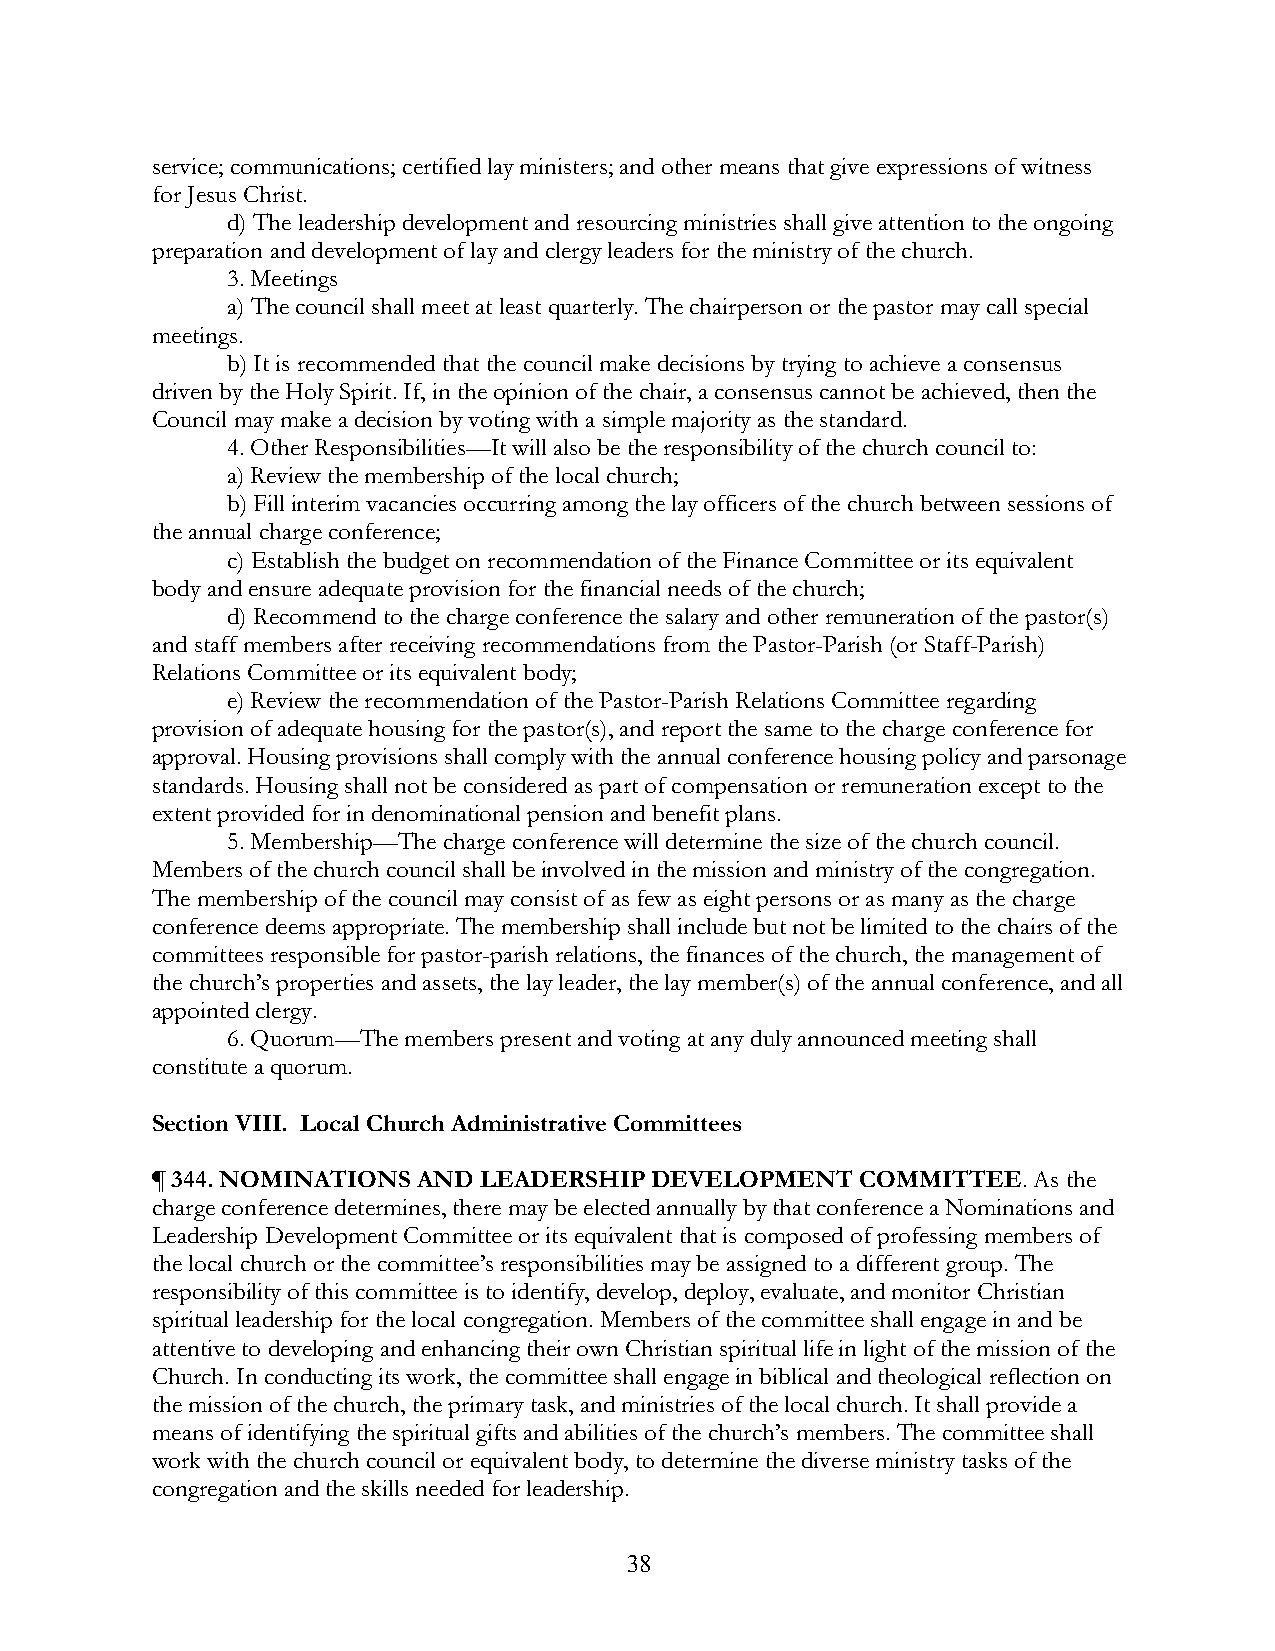
service; communications; certified lay ministers; and other means that give expressions of witness
 for Jesus Christ.
 d) The leadership development and resourcing ministries shall give attention to the ongoing
 preparation and development of lay and clergy leaders for the ministry of the church.
 3. Meetings
 a) The council shall meet at least quarterly. The chairperson or the pastor may call special
 meetings.
 b) It is recommended that the council make decisions by trying to achieve a consensus
 driven by the Holy Spirit. If, in the opinion of the chair, a consensus cannot be achieved, then the
 Council may make a decision by voting with a simple majority as the standard.
 4. Other Responsibilities—It will also be the responsibility of the church council to:
 a) Review the membership of the local church;
 b) Fill interim vacancies occurring among the lay officers of the church between sessions of
 the annual charge conference;
 c) Establish the budget on recommendation of the Finance Committee or its equivalent
 body and ensure adequate provision for the financial needs of the church;
 d) Recommend to the charge conference the salary and other remuneration of the pastor(s)
 and staff members after receiving recommendations from the Pastor-Parish (or Staff-Parish)
 Relations Committee or its equivalent body;
 e) Review the recommendation of the Pastor-Parish Relations Committee regarding
 provision of adequate housing for the pastor(s), and report the same to the charge conference for
 approval. Housing provisions shall comply with the annual conference housing policy and parsonage
 standards. Housing shall not be considered as part of compensation or remuneration except to the
 extent provided for in denominational pension and benefit plans.
 5. Membership—The charge conference will determine the size of the church council.
 Members of the church council shall be involved in the mission and ministry of the congregation.
 The membership of the council may consist of as few as eight persons or as many as the charge
 conference deems appropriate. The membership shall include but not be limited to the chairs of the
 committees responsible for pastor-parish relations, the finances of the church, the management of
 the church’s properties and assets, the lay leader, the lay member(s) of the annual conference, and all
 appointed clergy.
 6. Quorum—The members present and voting at any duly announced meeting shall
 constitute a quorum.
 Section VIII. Local Church Administrative Committees
 ¶ 344. NOMINATIONS AND LEADERSHIP DEVELOPMENT  COMMITTEE. As the
 charge conference determines, there may be elected annually by that conference a Nominations and
 Leadership Development Committee or its equivalent that is composed of professing members of
 the local church or the committee’s responsibilities may be assigned to a different group. The
 responsibility of this committee is to identify, develop, deploy, evaluate, and monitor Christian
 spiritual leadership for the local congregation. Members of the committee shall engage in and be
 attentive to developing and enhancing their own Christian spiritual life in light of the mission of the
 Church. In conducting its work, the committee shall engage in biblical and theological reflection on
 the mission of the church, the primary task, and ministries of the local church. It shall provide a
 means of identifying the spiritual gifts and abilities of the church’s members. The committee shall
 work with the church council or equivalent body, to determine the diverse ministry tasks of the
 congregation and the skills needed for leadership.
 38